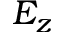
E _ { z }